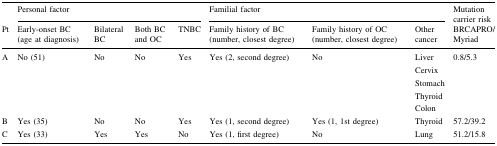
<table><thead><tr><td></td><td colspan="4"><b>Personal factor</b></td><td colspan="3"><b>Familial factor</b></td><td><b>Mutation carrier risk</b></td></tr><tr><td><b>Pt</b></td><td><b>Early-onset BC (age at diagnosis)</b></td><td><b>Bilateral BC</b></td><td><b>Both BC and OC</b></td><td><b>TNBC</b></td><td><b>Family history of BC (number, closest degree)</b></td><td><b>Family history of OC (number, closest degree)</b></td><td><b>Other cancer</b></td><td><b>BRCAPRO/Myriad</b></td></tr></thead><tbody><tr><td>A</td><td>No (51)</td><td>No</td><td>No</td><td>Yes</td><td>Yes (2, second degree)</td><td>No</td><td>LiverCervixStomachThyroidColon</td><td>0.8/5.3</td></tr><tr><td>B</td><td>Yes (35)</td><td>No</td><td>No</td><td>Yes</td><td>Yes (1, second degree)</td><td>Yes (1, 1st degree)</td><td>Thyroid</td><td>57.2/39.2</td></tr><tr><td>C</td><td>Yes (33)</td><td>Yes</td><td>Yes</td><td>No</td><td>Yes (1, first degree)</td><td>No</td><td>Lung</td><td>51.2/15.8</td></tr></tbody></table>